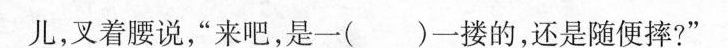
儿，叉着腰说，”来吧，是一( )一搂的，还是随便摔?”